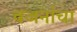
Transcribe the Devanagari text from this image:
वजनांचा